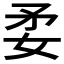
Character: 𡛺